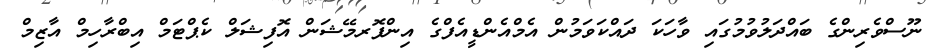
ނޫސްވެރިންގެ ބައްދަލުވުމުގައި ވާހަކަ ދައްކަވަމުން އެމްއެންޑީއެފްގެ އިންފޮރމޭޝަން އޮފިޝަލް ކެޕްޓަމް އިބްރާހިމް އާޒިމް